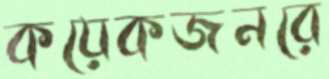
কয়েকজনরে